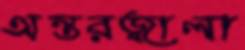
অন্তরজ্বালা